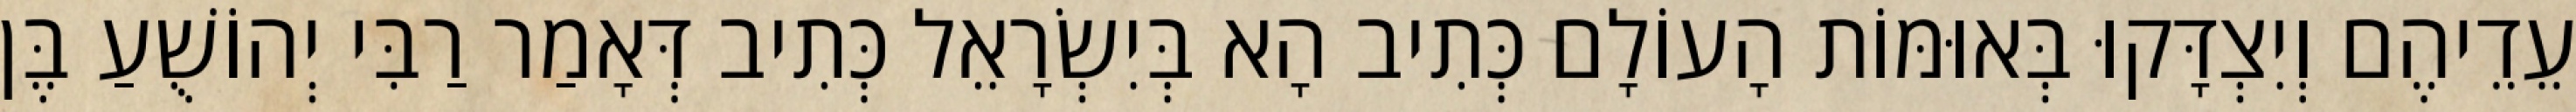
עֵדֵיהֶם וְיִצְדָּקוּ בְּאוּמּוֹת הָעוֹלָם כְּתִיב הָא בְּיִשְׂרָאֵל כְּתִיב דְּאָמַר רַבִּי יְהוֹשֻׁעַ בֶּן